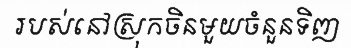
របស់នៅស្រុកចិនមួយចំនួនទិញ